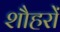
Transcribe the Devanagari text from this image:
शौहरों